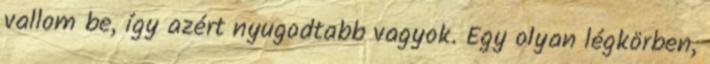
vallom be, így azért nyugodtabb vagyok. Egy olyan légkörben,